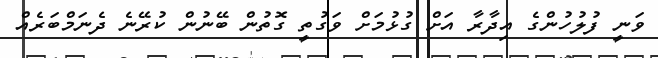
ވަނީ ފުލުހުންގެ އިދާރާ އަށް ގުޅުމަށް ވަގުތީ ގޮތުން ބޭނުން ކުރޭނެ ދެނަމްބަރެއް